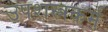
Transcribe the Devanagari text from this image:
उपशस्त्रकर्म